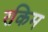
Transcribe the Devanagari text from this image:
रकिम